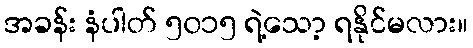
အခန်း နံပါတ် ၅၀၁၅ ရဲ့သော့ ရနိုင်မလား။